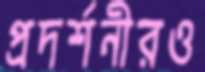
প্রদর্শনীরও